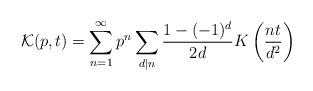
LaTeX: \begin{align*}\mathcal{K}(p,t)=\sum _{n=1}^{\infty }p^{n}\sum _{d|n}\frac{1-(-1)^{d}}{2d}K\left( \frac{nt}{d^{2}}\right)\end{align*}